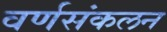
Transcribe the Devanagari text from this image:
वर्णसंकलन